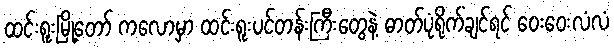
ထင်းရူးမြို့တော် ကလောမှာ ထင်းရူးပင်တန်းကြီးတွေနဲ့ ဓာတ်ပုံရိုက်ချင်ရင် ဝေးဝေးလံလံ